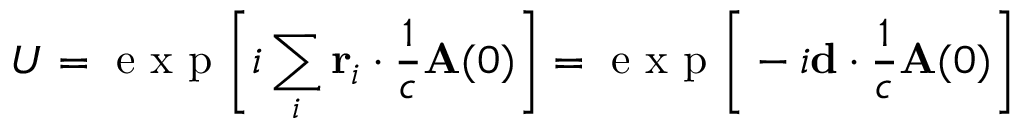
U = \mathrm { ~ e ~ x ~ p ~ } \bigg [ i \sum _ { i } \mathbf { r } _ { i } \cdot \frac { 1 } { c } \mathbf { A } ( 0 ) \bigg ] = \mathrm { ~ e ~ x ~ p ~ } \bigg [ - i \mathbf { d } \cdot \frac { 1 } { c } \mathbf { A } ( 0 ) \bigg ]